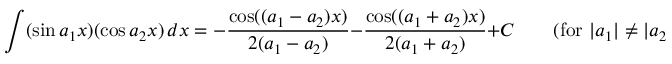
\int ( \sin a _ { 1 } x ) ( \cos a _ { 2 } x ) \, d x = - { \frac { \cos ( ( a _ { 1 } - a _ { 2 } ) x ) } { 2 ( a _ { 1 } - a _ { 2 } ) } } - { \frac { \cos ( ( a _ { 1 } + a _ { 2 } ) x ) } { 2 ( a _ { 1 } + a _ { 2 } ) } } + C \qquad { \mathrm { ( f o r ~ } } | a _ { 1 } | \neq | a _ { 2 } | { \mathrm { ) } }